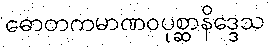
ဓောတကမာဏဝပုစ္ဆာနိဒ္ဒေသ